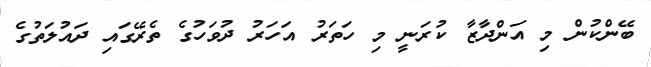
ބޭންކުން މި އަންދާޒާ ކުރަނީ މި ހަތަރު އަހަރު ދުވަހުގެ ތެރޭގައި ދައުލަތުގެ